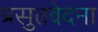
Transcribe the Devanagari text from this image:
प्रसुतवेदना